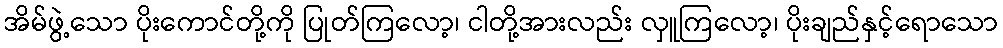
အိမ်ဖွဲ့သော ပိုးကောင်တို့ကို ပြုတ်ကြလော့၊ ငါတို့အားလည်း လှူကြလော့၊ ပိုးချည်နှင့်ရောသော